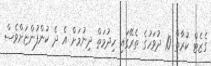
ގެޒެޓް ކުރާތާ 10 ދުވަހުގެ ތެރޭގައި ހިދުމަތް ދިނުމަށް އެ ދެ ކުންފުންޏަށްވެސް